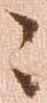
々